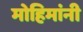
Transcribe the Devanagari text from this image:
मोहिमांनी